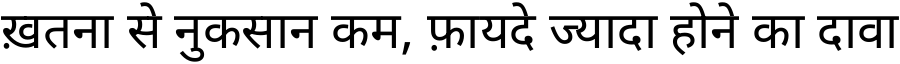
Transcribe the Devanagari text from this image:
ख़तना से नुकसान कम, फ़ायदे ज्यादा होने का दावा